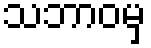
သဘာဝမှ